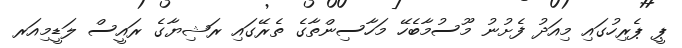
ޕީ ޕެރިހުގައި މިއަދު ފެށުނު މޫސުމާބެހޭ މަހާސިންތާގެ ތެރޭގައި ރަޝިޔާގެ ރައީސް ލަޑީމިއަރ